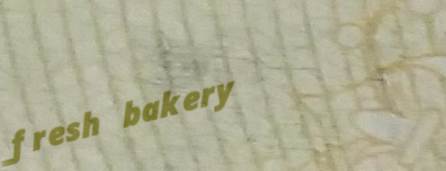
fresh bakery